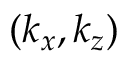
( k _ { x } , k _ { z } )